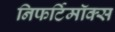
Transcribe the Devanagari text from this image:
निफर्टिमॉक्स